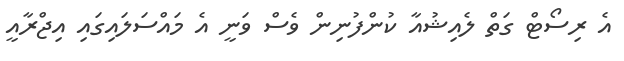
އެ ރިސޯޓް ގަތް ލެއިޝުއާ ކުންފުނިން ވެސް ވަނީ އެ މައްސަލައިގައި އިޖްރާއީ